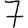
Digit: 7